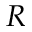
\boldsymbol { R }